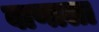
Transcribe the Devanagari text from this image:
बाणाला